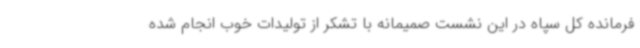
فرمانده کل سپاه در این نشست صمیمانه با تشکر از تولیدات خوب انجام شده